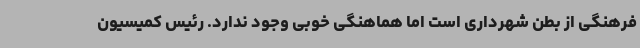
فرهنگی از بطن شهرداری است اما هماهنگی خوبی وجود ندارد. رئیس کمیسیون